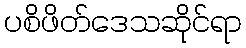
ပစိဖိတ်ဒေသဆိုင်ရာ